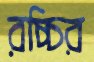
রচ্চির